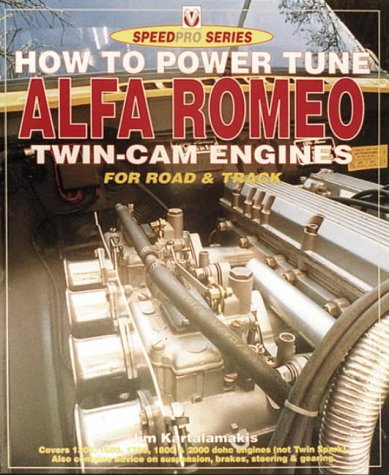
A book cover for How to Power Tune Alfa Romeo Twin-Cam Engines for Road & Track (Speedpro Series); Jim Kartalamakis; Engineering & Transportation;